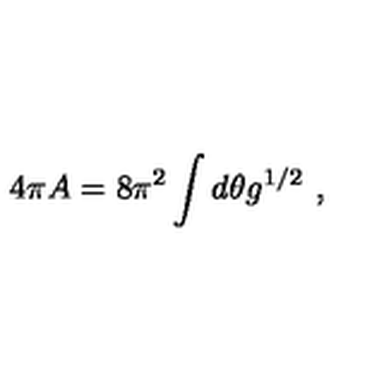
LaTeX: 4 \pi A = 8 \pi ^ { 2 } \int d \theta g ^ { 1 / 2 } \ ,